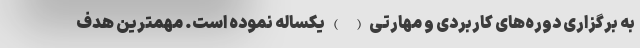
به برگزاری دوره‌های کاربردی و مهارتی( )یکساله نموده است. مهمترین هدف